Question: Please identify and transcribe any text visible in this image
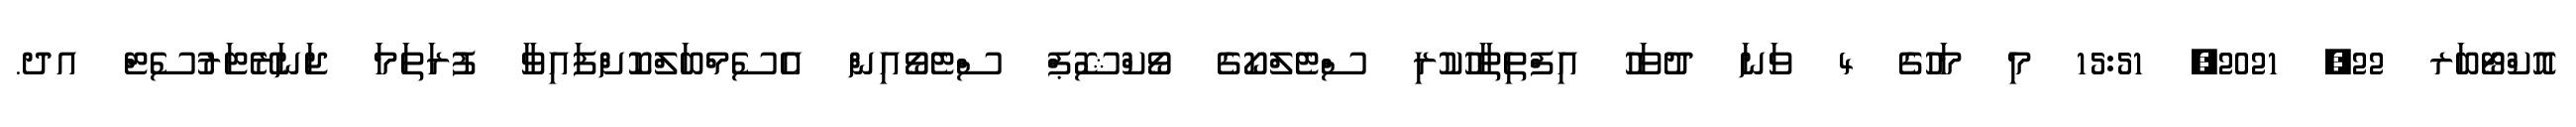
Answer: އޮކްޓޯބަރ 22, 2021, 15:51 މި މަހުގެ 4 ވަނަ ދުވަހު އިފްތިތާހުކުރި ސްޓެލްކޯގެ ވޯކްޝޮޕް ސްޓެވޯއިން އެސެމްބަލްކޮށްފައިވާ ފުރަތަމަ ޖަނަރޭޓަރުސެޓް އދ.